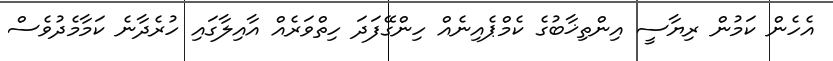
އެހެން ކަމުން ރިޔާސީ އިންތިޚާބުގެ ކެމްޕެއިނެއް ހިންގޭފަދަ ހިތްވަރެއް އާއިލާގައި ހުރެދާނެ ކަމާމެދުވެސް